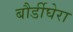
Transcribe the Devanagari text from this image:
बौर्डीघेरा